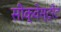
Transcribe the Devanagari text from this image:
सीक्वेस्ट्रेंट